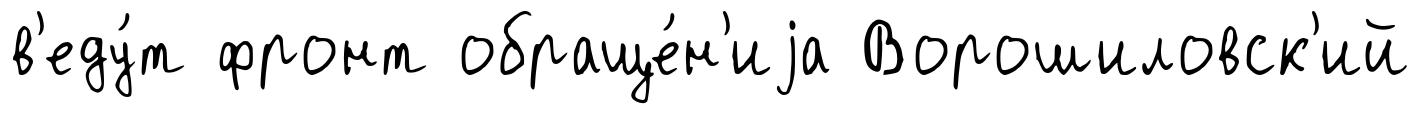
в'еду́т фронт обраще́н'иjа Ворошиловск'ий